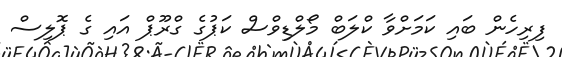
ފިރިހެން ބައި ކަމަށްވާ ކްލަބް މޯލްޑިވްސް ކަޕުގެ ގްރޫޕް އައި ގެ ޕޮލިސް